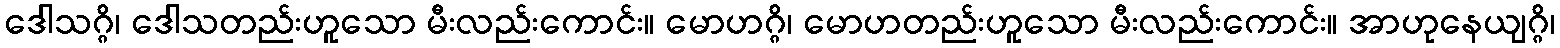
ဒေါသဂ္ဂိ၊ ဒေါသတည်းဟူသော မီးလည်းကောင်း။ မောဟဂ္ဂိ၊ မောဟတည်းဟူသော မီးလည်းကောင်း။ အာဟုနေယျဂ္ဂိ၊